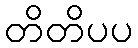
တိတိပပ